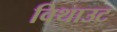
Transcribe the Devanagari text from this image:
विथाउट